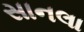
સાનલા